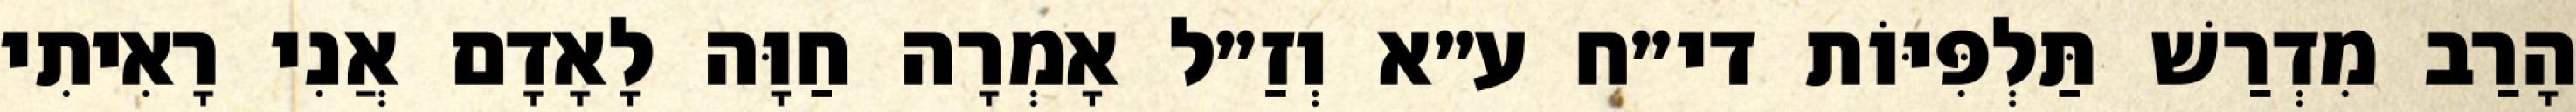
הָרַב מִדְרַשׁ תַּלְפִּיּוֹת די״ח ע״א וְזַ״ל אָמְרָה חַוָּה לָאָדָם אֲנִי רָאִיתִי